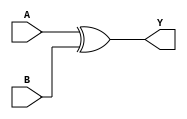
module xor_module_8bit(A, B, Y);
	// Defining the inputs/outputs
    input signed [07:0] A;
    input signed [07:0] B;
    output signed [07:0] Y;
		 
	 assign Y = A^B; //XOR Operation


endmodule